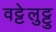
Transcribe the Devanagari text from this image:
वट्टेलुट्टु